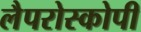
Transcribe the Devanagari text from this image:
लैपरोस्कोपी